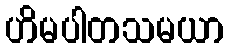
ဟိမပါတသမယာ